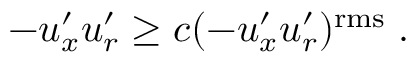
- u _ { x } ^ { \prime } u _ { r } ^ { \prime } \ge c ( - u _ { x } ^ { \prime } u _ { r } ^ { \prime } ) ^ { \mathrm { r m s } } \; .